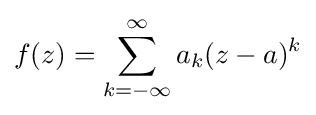
f(z)=\sum _{k=-\infty }^{\infty }a_{k}(z-a)^{k}